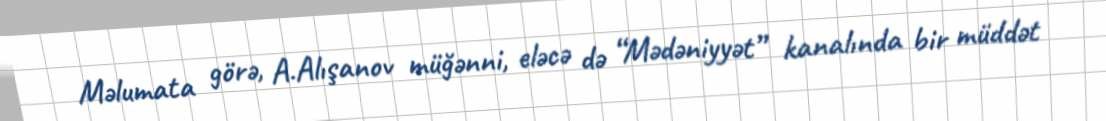
Məlumata görə, A.Alışanov müğənni, eləcə də “Mədəniyyət” kanalında bir müddət